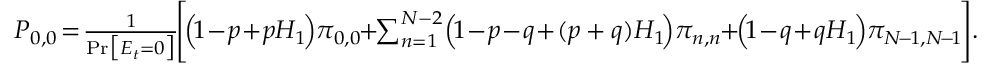
\begin{array} { r } { P _ { 0 , 0 } \! = \! \frac { 1 } { \mathrm { P r } \big [ E _ { t } = 0 \big ] } \! \Bigg [ \! \Big ( \! 1 \! - \! p \! + \! p { H } _ { 1 } \! \Big ) \pi _ { 0 , 0 } \! \! + \! \! \sum _ { n = 1 } ^ { N - 2 } \! \Big ( \! 1 \! - \! p \! - \! q \! + \! ( p + q ) { H } _ { 1 } \! \Big ) \pi _ { n , n } \! \! + \! \! \Big ( \! 1 \! - \! q \! + \! q { H } _ { 1 } \! \Big ) \pi _ { N \! - \! 1 , N \! - \! 1 } \! \Bigg ] . } \end{array}